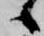
候